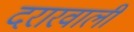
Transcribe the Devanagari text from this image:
दरारवाली